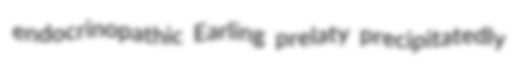
endocrinopathic Earling prelaty precipitatedly